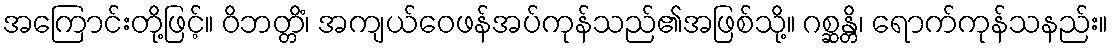
အကြောင်းတို့ဖြင့်။ ဝိဘတ္တိံ၊ အကျယ်ဝေဖန်အပ်ကုန်သည်၏အဖြစ်သို့။ ဂစ္ဆန္တိ၊ ရောက်ကုန်သနည်း။